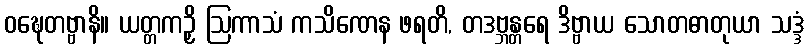
ဝဍ္ဎေတဗ္ဗာနိ။ ယတ္တကဉှိ ဩကာသံ ကသိဏေန ဖရတိ, တဒဗ္ဘန္တရေ ဒိဗ္ဗာယ သောတဓာတုယာ သဒ္ဒံ